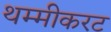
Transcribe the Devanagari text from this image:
थम्मीकरट